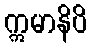
ဣမာနိပိ